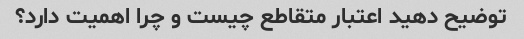
توضيح دهيد اعتبار متقاطع چيست و چرا اهميت دارد؟